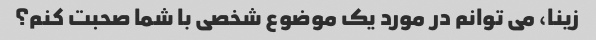
زینا، می توانم در مورد یک موضوع شخصی با شما صحبت کنم؟